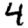
Digit: 4